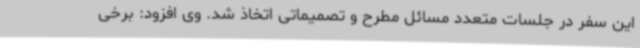
این سفر در جلسات متعدد مسائل مطرح و تصمیماتی اتخاذ شد. وی افزود: برخی